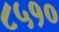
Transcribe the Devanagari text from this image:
८५१०